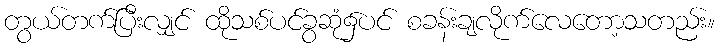
တွယ်တက်ပြီးလျှင် ထိုသစ်ပင်ခွဆုံ၌ပင် စခန်းချလိုက်လေတော့သတည်း။